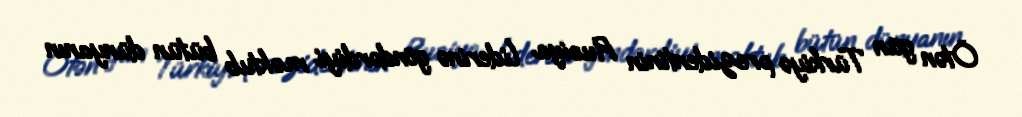
Ötən gün Türkiyə prezidentinin Rusiya liderinə göndərdiyi məktub bütün dünyanın